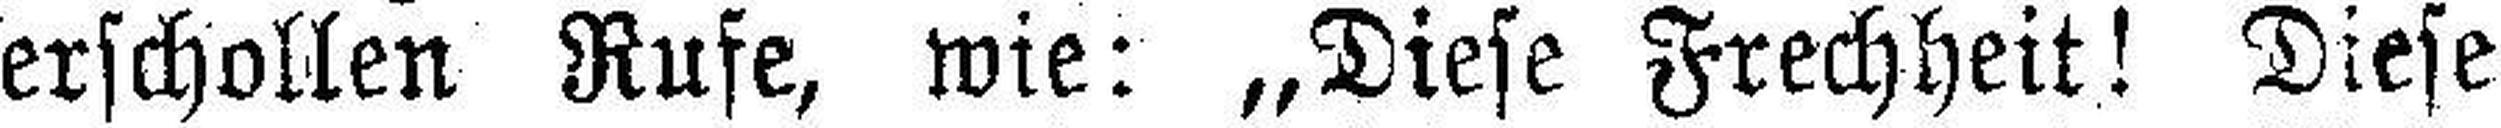
erschollen Rufe, wie: „Diese Frechheit! Diese